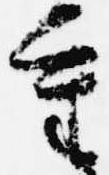
重